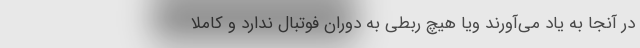
در آنجا به یاد می‌آورند ویا هیچ ربطی به دوران فوتبال ندارد و کاملا